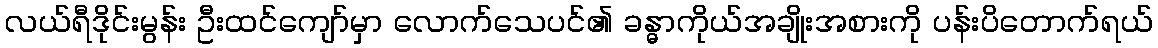
လယ်ရီဒိုင်းမွန်း ဦးထင်ကျော်မှာ လောက်သေပင်၏ ခန္ဓာကိုယ်အချိုးအစားကို ပန်းပိတောက်ရယ်